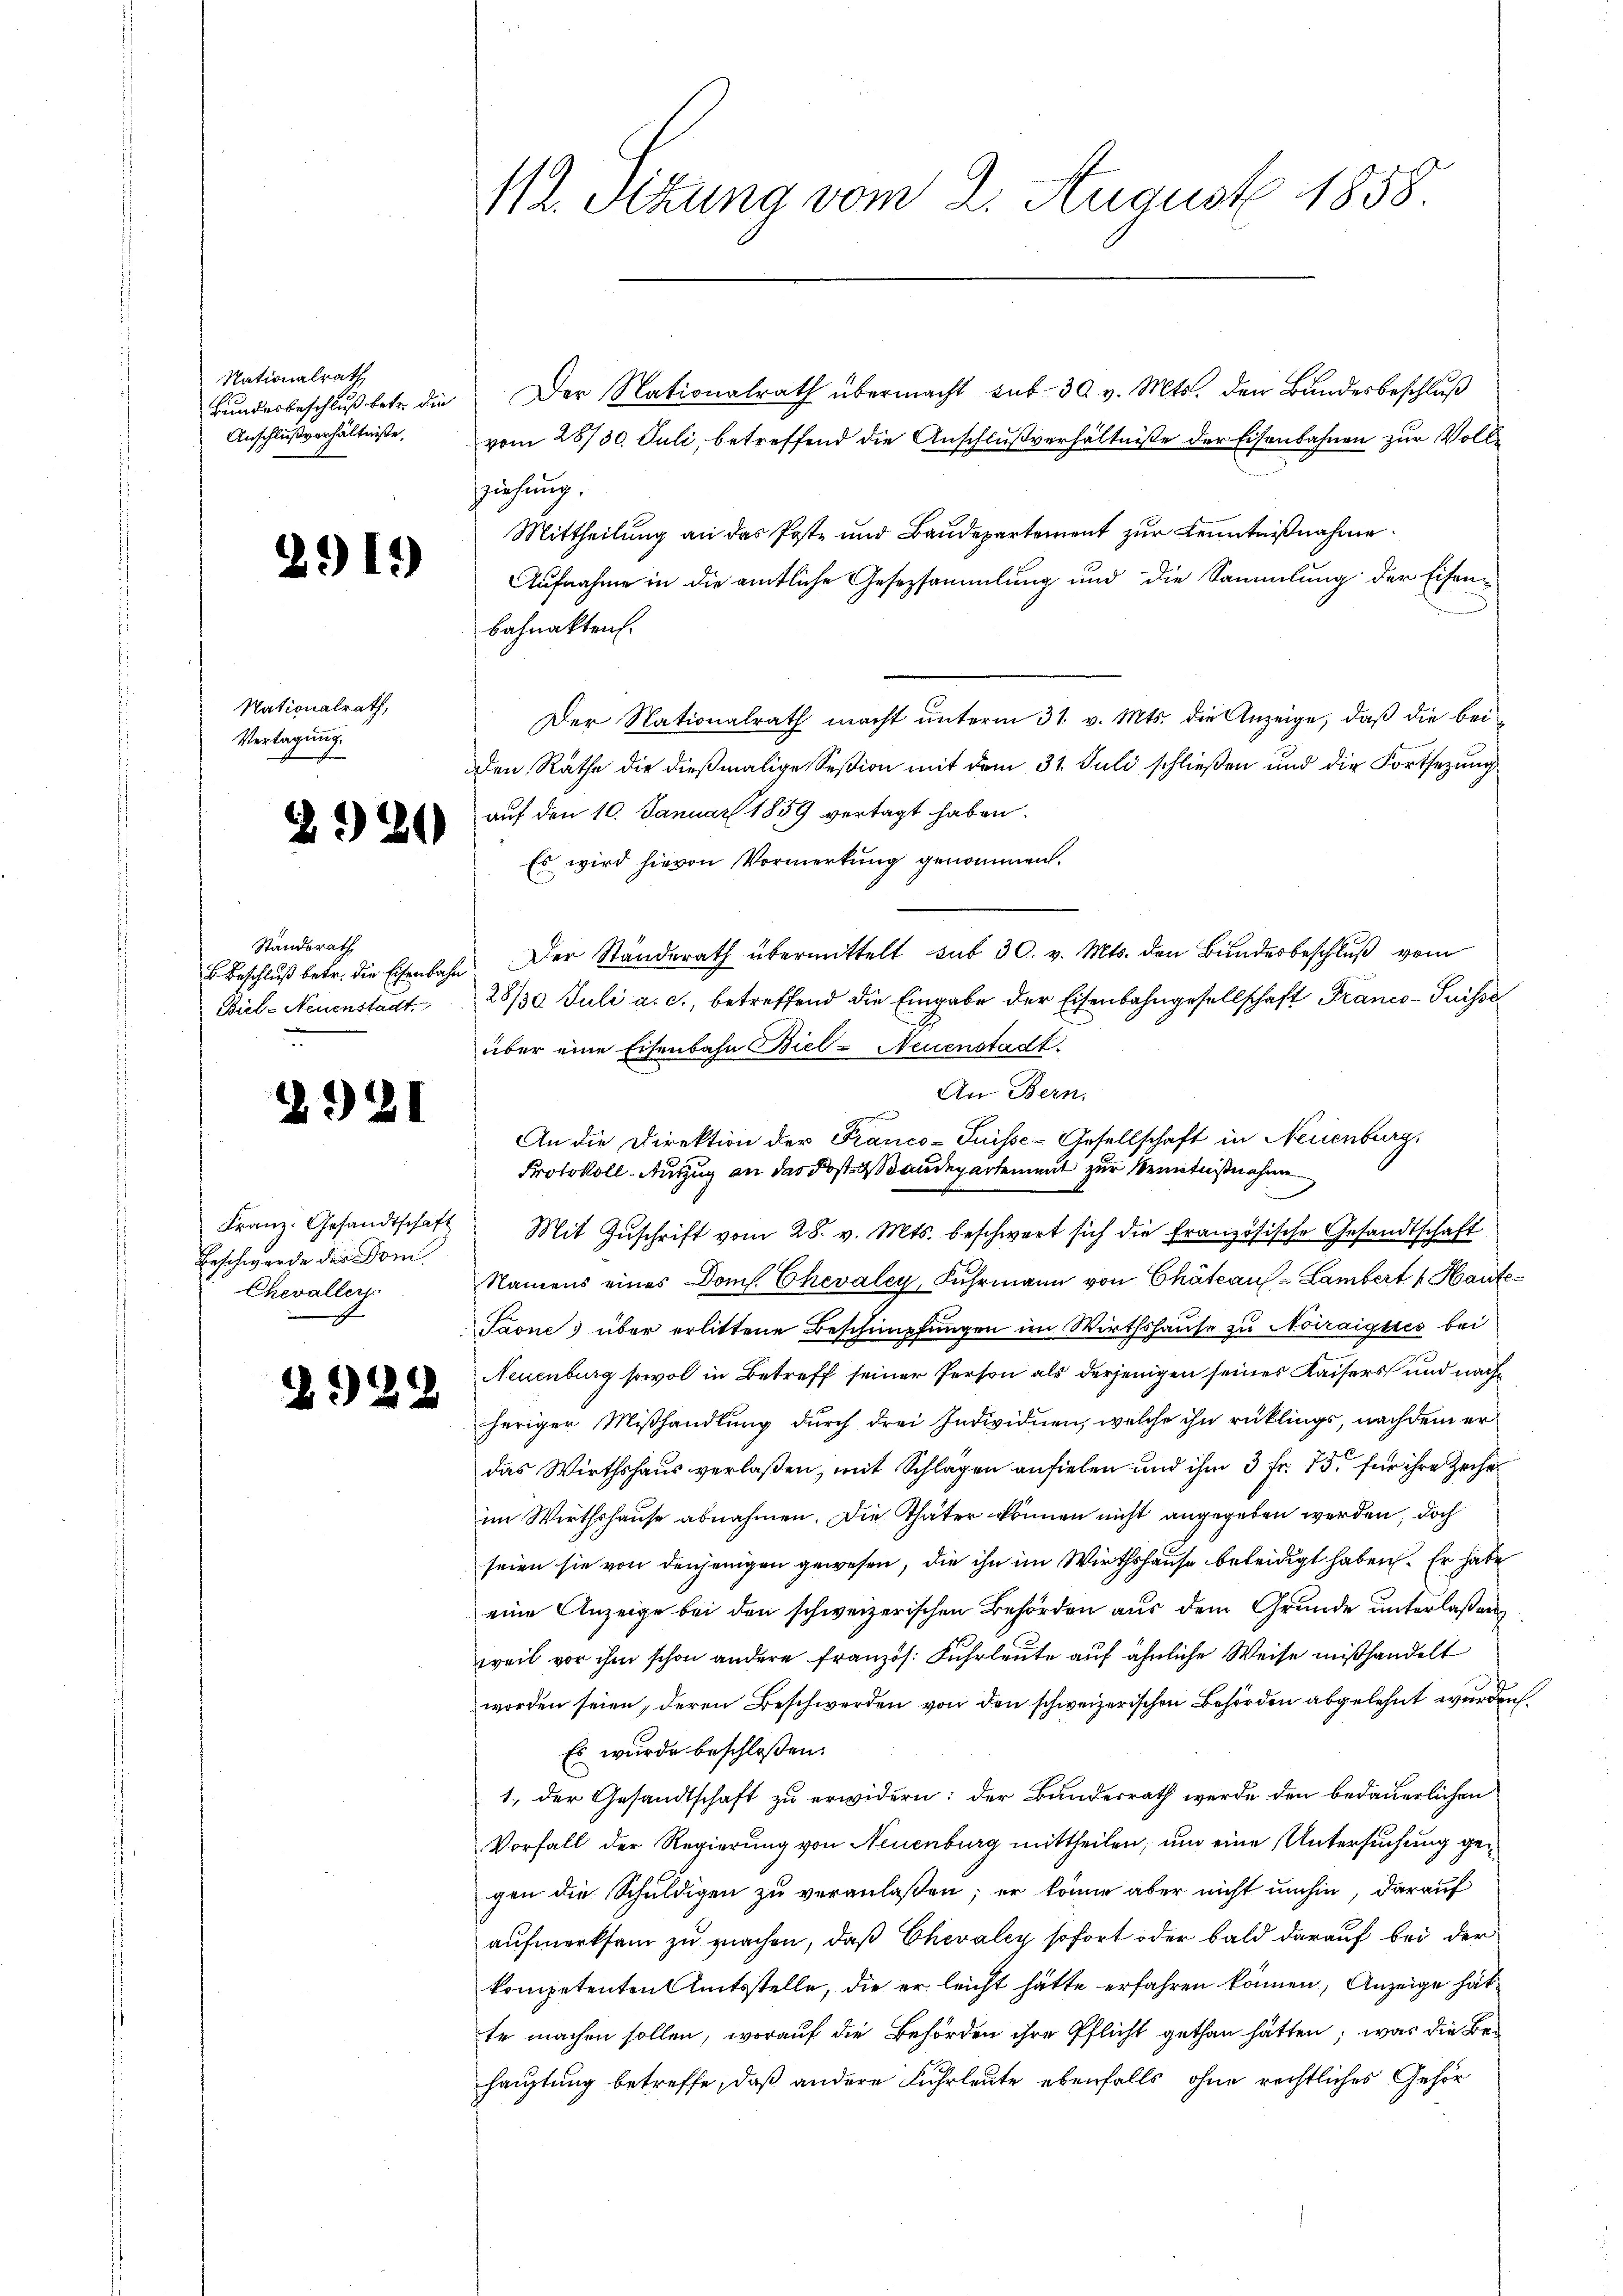
Nationalrath
Bundesbeschluß betr. die
Anschlußverhältniße.

291.

Nationalrath,
Vertagung.

2920

Ständerath
B. Beschluß betr. die Eisenbahn
Biel-Neuenstadt.

2921

2929

Franz: Gesandtschaft
Beschwerde der Dom
Chevaller

M12. Sitzung vom 2. August 1858.

Der Nationalrath übermacht sub 30 v. Mts. den Bundesbeschluß
vom 28/30. Juli, betreffend die Anschlußverhältniße der Eisenbahnen zur Vollziehung.
Mittheilung an das Poste und Baudepartement zur Kenntnißnahme
Aufnahme in die amtliche Gesezsammlung und die Sammlung der Eisenbahnakten.
Der Nationalrath macht unterm 31. v. Mts. die Anzeige, daß die bei
den Rathe die dießmalige Session mit dem 31. Juli schließen und die Fortsetzung
auf den 10. Januar 1859 vertagt haben.
Es wird hievon Vormerkung genommen.
Der Standerath übermittelt sub 30. v. Mts. den Bundesbeschluß vom
28/30 Juli a. c., betreffend die Eingabe der Eisenbahngesellschaft Franco- Puisse
über eine Eisenbahn Biel - Neuenstadt.
Mit Zŭschrift vom 28. v. Mts. beschwert sich die französische Gesandtschaft
Namens eines Dom. Chevaley, Fuhrmann von Chateau = Lambert Haute
Paone; über erlittene Beschimpfungen im Wirthshause zu Noiraiques bei
Neuenburg sowol in Betreff seiner Person als derjenigen seines Kaisers und nachheriger Mißhandlung durch drei Individuen, welche ihn rücklings, nachdem er
das Wirthshaus verlaßen, mit Splügen anfielen und ihm 3 Fr. 75. für ihre Zeiche
im Wirthshause abnahmen. Die Thäter können nicht angegeben werden, doch
seien sie von denjenigen gewesen, die ihn im Wirthshause beleidigt haben. Er habe
eine Anzeige bei den schweizerischen Behörden aus dem Grunde unterlaßen,
weil vor ihm schon andere Französ. Fuhrleute auf ähnliche Weise mißhandelt
worden seien, deren Beschwerden von den schweizerischen Behörden abgelehnt werden,
Es wurde beschloßen:
1. der Gesandtschaft zu erwidern: der Bundesrath werde den bedauerlichen
Vorfall der Regierung von Neuenburg mittheilen, um eine Untersuchung gegen die Schuldigen zu veranlaßen; er könne aber nicht umhin, darauf
aufmerksam zu machen, daß Chevaley sofort oder bald darauf bei der
kompetenten Amtsstelle, die er leicht hätte erfahren können, Anzeige hätte machen sollen, worauf die Behörden ihre Pflicht gethan hätten; was die Behauptung betreffe, daß andere Fuhrleute ebenfalls ohne rechtliches Gehör

An Bern.
An die Direktion der Franco- Puisse-Gesellschaft in Neuenburg,
Protokoll-Auszug an der Post Laudepartement zur Kenntnißnahme